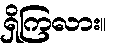
ရှိကြလား။